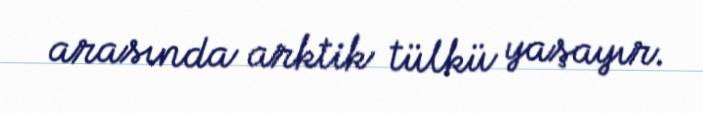
arasında arktik tülkü yaşayır.